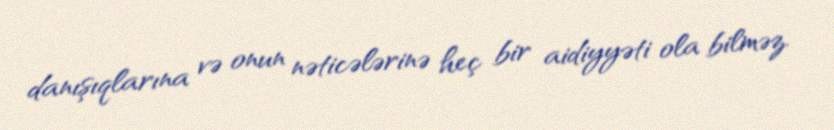
danışıqlarına və onun nəticələrinə heç bir aidiyyəti ola bilməz.